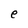
Character: e